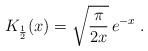
LaTeX: \begin{align*}K_{1\over 2}(x)= \sqrt{\frac {\pi} {2x}}\, e^{-x} \; .\end{align*}